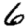
Digit: 6